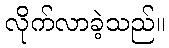
လိုက်လာခဲ့သည်။